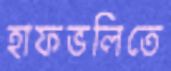
হাফভলিতে